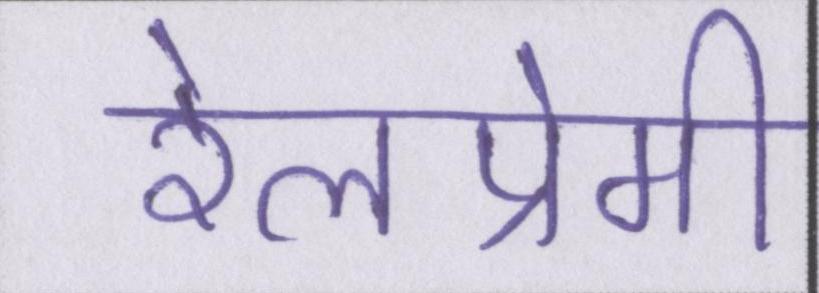
रेलप्रेमी